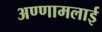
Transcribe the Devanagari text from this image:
अण्णामलाई